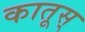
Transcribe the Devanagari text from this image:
कातूस्